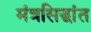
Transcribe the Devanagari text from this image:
मंत्रसिद्धांत